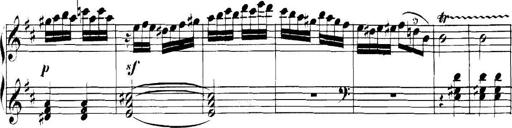
Title: Collected Piano Sonatas
Composer: Muzio Clementi